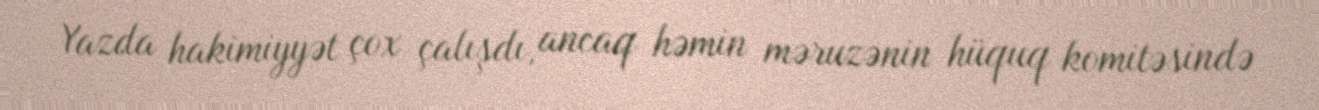
Yazda hakimiyyət çox çalışdı, ancaq həmin məruzənin hüquq komitəsində